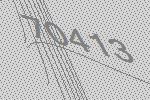
70413